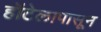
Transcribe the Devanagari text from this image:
हॉटेलापासून